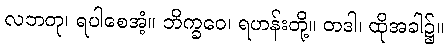
လဘတု၊ ရပါစေအံ့။ ဘိက္ခဝေ၊ ရဟန်းတို့။ တဒါ၊ ထိုအခါ၌။